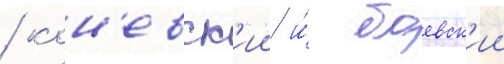
/ кон'евск'ии и́ боевск'ии